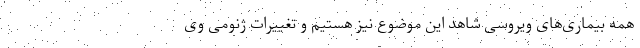
همه بیماری‌های ویروسی شاهد این موضوع نیز هستیم و تغییرات ژنومی وی